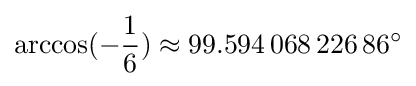
\arccos(-{\frac {1}{6}})\approx 99.594\,068\,226\,86^{\circ }